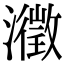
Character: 瀓